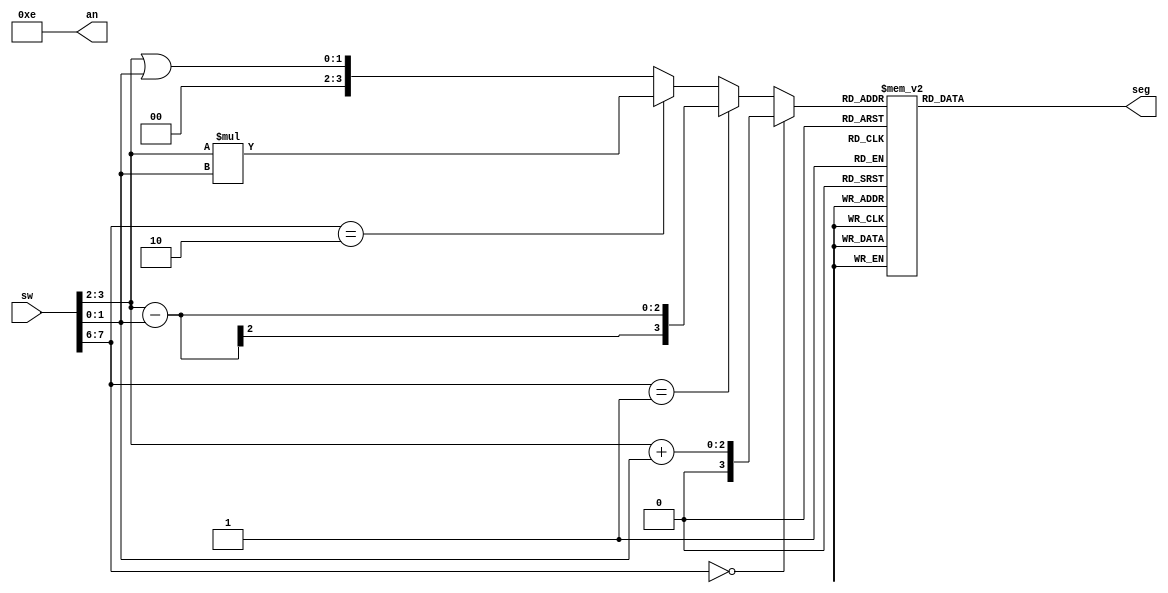
module cpuSevenSegment(sw, an, seg);

	input [7:0] sw;
	output reg [3:0] an;
	output reg [7:0] seg;
	
	reg [3:0] result;
	
	always@(*) begin
		an = 4'b1110;
	
		if(sw[7:6]==0) begin
			result = sw[3:2]+sw[1:0];
		end else if(sw[7:6]==1) begin
			result = sw[3:2]-sw[1:0];
		end else if(sw[7:6]==2) begin 
			result = sw[3:2]*sw[1:0];
		end else if(sw[7:6]==3) begin
			result = sw[3:2]|sw[1:0];
		end
		
		case(result)
			0:  seg = 8'b11000000; //0
			1:  seg = 8'b11111001; //1
			2:  seg = 8'b10100100; //2
			3:  seg = 8'b10110000; //3
			4:  seg = 8'b10011001; //4
			5:  seg = 8'b10010010; //5
			6:  seg = 8'b10000010; //6
			7:  seg = 8'b11111000; //7
			8:  seg = 8'b10000000; //8
			9:  seg = 8'b10010000; //9
			10: seg = 8'b10001000; //A
			11: seg = 8'b10000011; //B
			12: seg = 8'b11000110; //C
			13: seg = 8'b10100001; //D
			14: seg = 8'b10000110; //E
			15: seg = 8'b10001110; //F
			default: seg = 8'b11111111; //default
		endcase
	end
endmodule